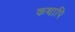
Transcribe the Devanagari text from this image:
कथापि